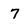
Character: 7